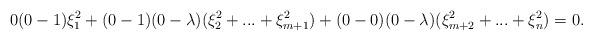
LaTeX: \begin{align*} 0(0-1)\xi_1^2 + (0-1)(0-\lambda) (\xi_2^2+...+\xi_{m+1}^2)+(0-0)(0-\lambda)(\xi_{m+2}^2+...+\xi_{n}^2)=0. \end{align*}